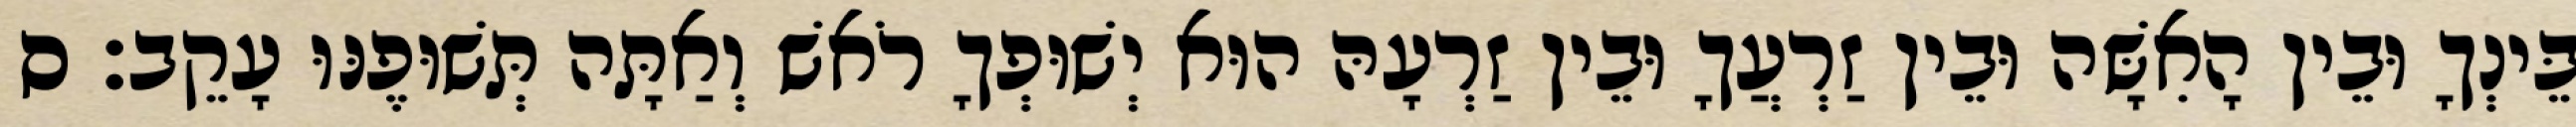
בֵּינְךָ וּבֵין הָאִשָּׁה וּבֵין זַרְעֲךָ וּבֵין זַרְעָהּ הוּא יְשׁוּפְךָ רֹאשׁ וְאַתָּה תְּשׁוּפֶנּוּ עָקֵב׃ ס